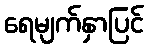
ရေမျက်နှာပြင်